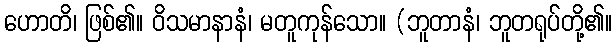
ဟောတိ၊ ဖြစ်၏။ ဝိသမာနာနံ၊ မတူကုန်သော။ (ဘူတာနံ၊ ဘူတရုပ်တို့၏။